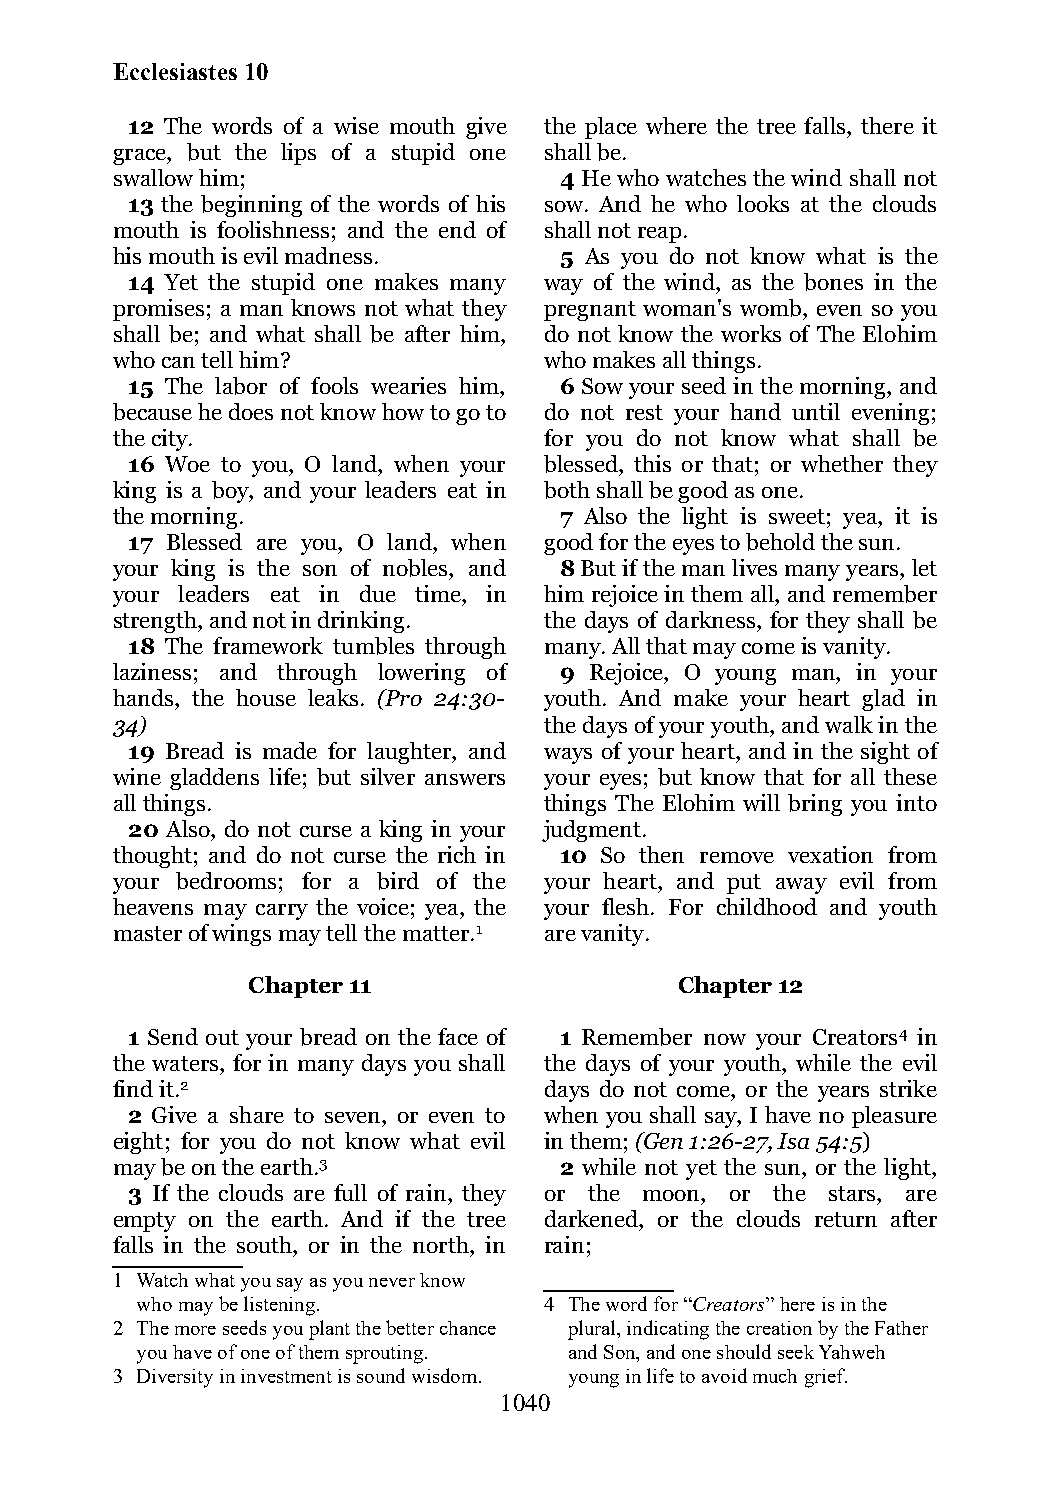
Ecclesiastes 10
 12 The words of a wise mouth give the place where the tree falls, there it
 grace, but the lips of a stupid one shall be.
 swallow him;                  4 He who watches the wind shall not
 13 the beginning of the words of his sow. And he who looks at the clouds
 mouth is foolishness; and the end of shall not reap.
 his mouth is evil madness.    5 As you do not know what is the
 14 Yet the stupid one makes many way of the wind, as the bones in the
 promises; a man knows not what they pregnant woman's womb, even so you
 shall be; and what shall be after him, do not know the works of The Elohim
 who can tell him?            who makes all things.
 15 The labor of fools wearies him, 6 Sow your seed in the morning, and
 because he does not know how to go to do not rest your hand until evening;
 the city.                    for you do not know what shall be
 16 Woe to you, O land, when your blessed, this or that; or whether they
 king is a boy, and your leaders eat in both shall be good as one.
 the morning.                  7 Also the light is sweet; yea, it is
 17 Blessed are you, O land, when good for the eyes to behold the sun.
 your king is the son of nobles, and 8 But if the man lives many years, let
 your leaders eat in due time, in him rejoice in them all, and remember
 strength, and not in drinking. the days of darkness, for they shall be
 18 The framework tumbles through many. All that may come is vanity.
 laziness; and through lowering of 9 Rejoice, O young man, in your
 hands, the house leaks. (Pro 24:30- youth. And make your heart glad in
 34)                          the days of your youth, and walk in the
 19 Bread is made for laughter, and ways of your heart, and in the sight of
 wine gladdens life; but silver answers your eyes; but know that for all these
 all things.                  things The Elohim will bring you into
 20 Also, do not curse a king in your judgment.
 thought; and do not curse the rich in 10 So then remove vexation from
 your bedrooms; for a bird of the your heart, and put away evil from
 heavens may carry the voice; yea, the your flesh. For childhood and youth
 master of wings may tell the matter.1 are vanity.
 Chapter 11                   Chapter 12
 1 Send out your bread on the face of 1 Remember now your Creators4 in
 the waters, for in many days you shall the days of your youth, while the evil
 find it.2                    days do not come, or the years strike
 2 Give a share to seven, or even to when you shall say, I have no pleasure
 eight; for you do not know what evil in them; (Gen 1:26-27, Isa 54:5)
 may be on the earth.3         2 while not yet the sun, or the light,
 3 If the clouds are full of rain, they or the moon, or the stars, are
 empty on the earth. And if the tree darkened, or the clouds return after
 falls in the south, or in the north, in rain;
 1 Watch what you say as you never know
 who may be listening.      4 The word for “Creators” here is in the
 2 The more seeds you plant the better chance plural, indicating the creation by the Father
 you have of one of them sprouting. and Son, and one should seek Yahweh
 3 Diversity in investment is sound wisdom. young in life to avoid much grief.
 1040